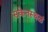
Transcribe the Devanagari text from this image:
संकेतस्थळं